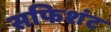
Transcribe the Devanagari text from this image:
सफिशंट